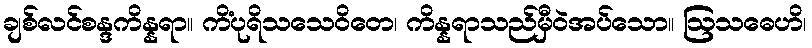
ချစ်လင်စန္ဒကိန္နရာ။ ကိံပုရိသသေဝိတေ၊ ကိန္နရာသည်မှီဝဲအပ်သော။ ဩသဓေဟိ၊